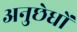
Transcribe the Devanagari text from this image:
अनुछेधों